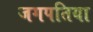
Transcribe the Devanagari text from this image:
जगपतिया